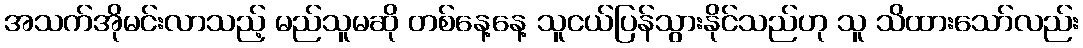
အသက်အိုမင်းလာသည့် မည်သူမဆို တစ်နေ့နေ့ သူငယ်ပြန်သွားနိုင်သည်ဟု သူ သိထားသော်လည်း